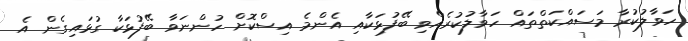
ހަވާލުކުރާ މަސައްކަތްތައް ހަވާލުކުރެއްވި ބޭފުޅަކާއި އެންމެ އިސްކޮށް ހުންނަވާ ބޭފުޅަކާ ގުޅައިގެން އެ